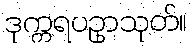
ဒုက္ကရပဥှာသုတ်။